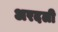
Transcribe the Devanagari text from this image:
अरदली